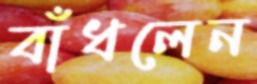
বাঁধলেন